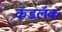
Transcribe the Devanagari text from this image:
कॅडलॅक